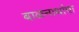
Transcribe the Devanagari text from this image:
बाळनाथांचा